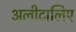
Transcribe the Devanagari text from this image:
अलीटालिए